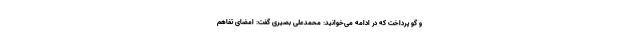
و گو پرداخت که در ادامه می‌خوانید: محمدعلی بصیری گفت: امضای تفاهم